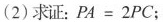
(2)求证：$$PA=2PC$$；